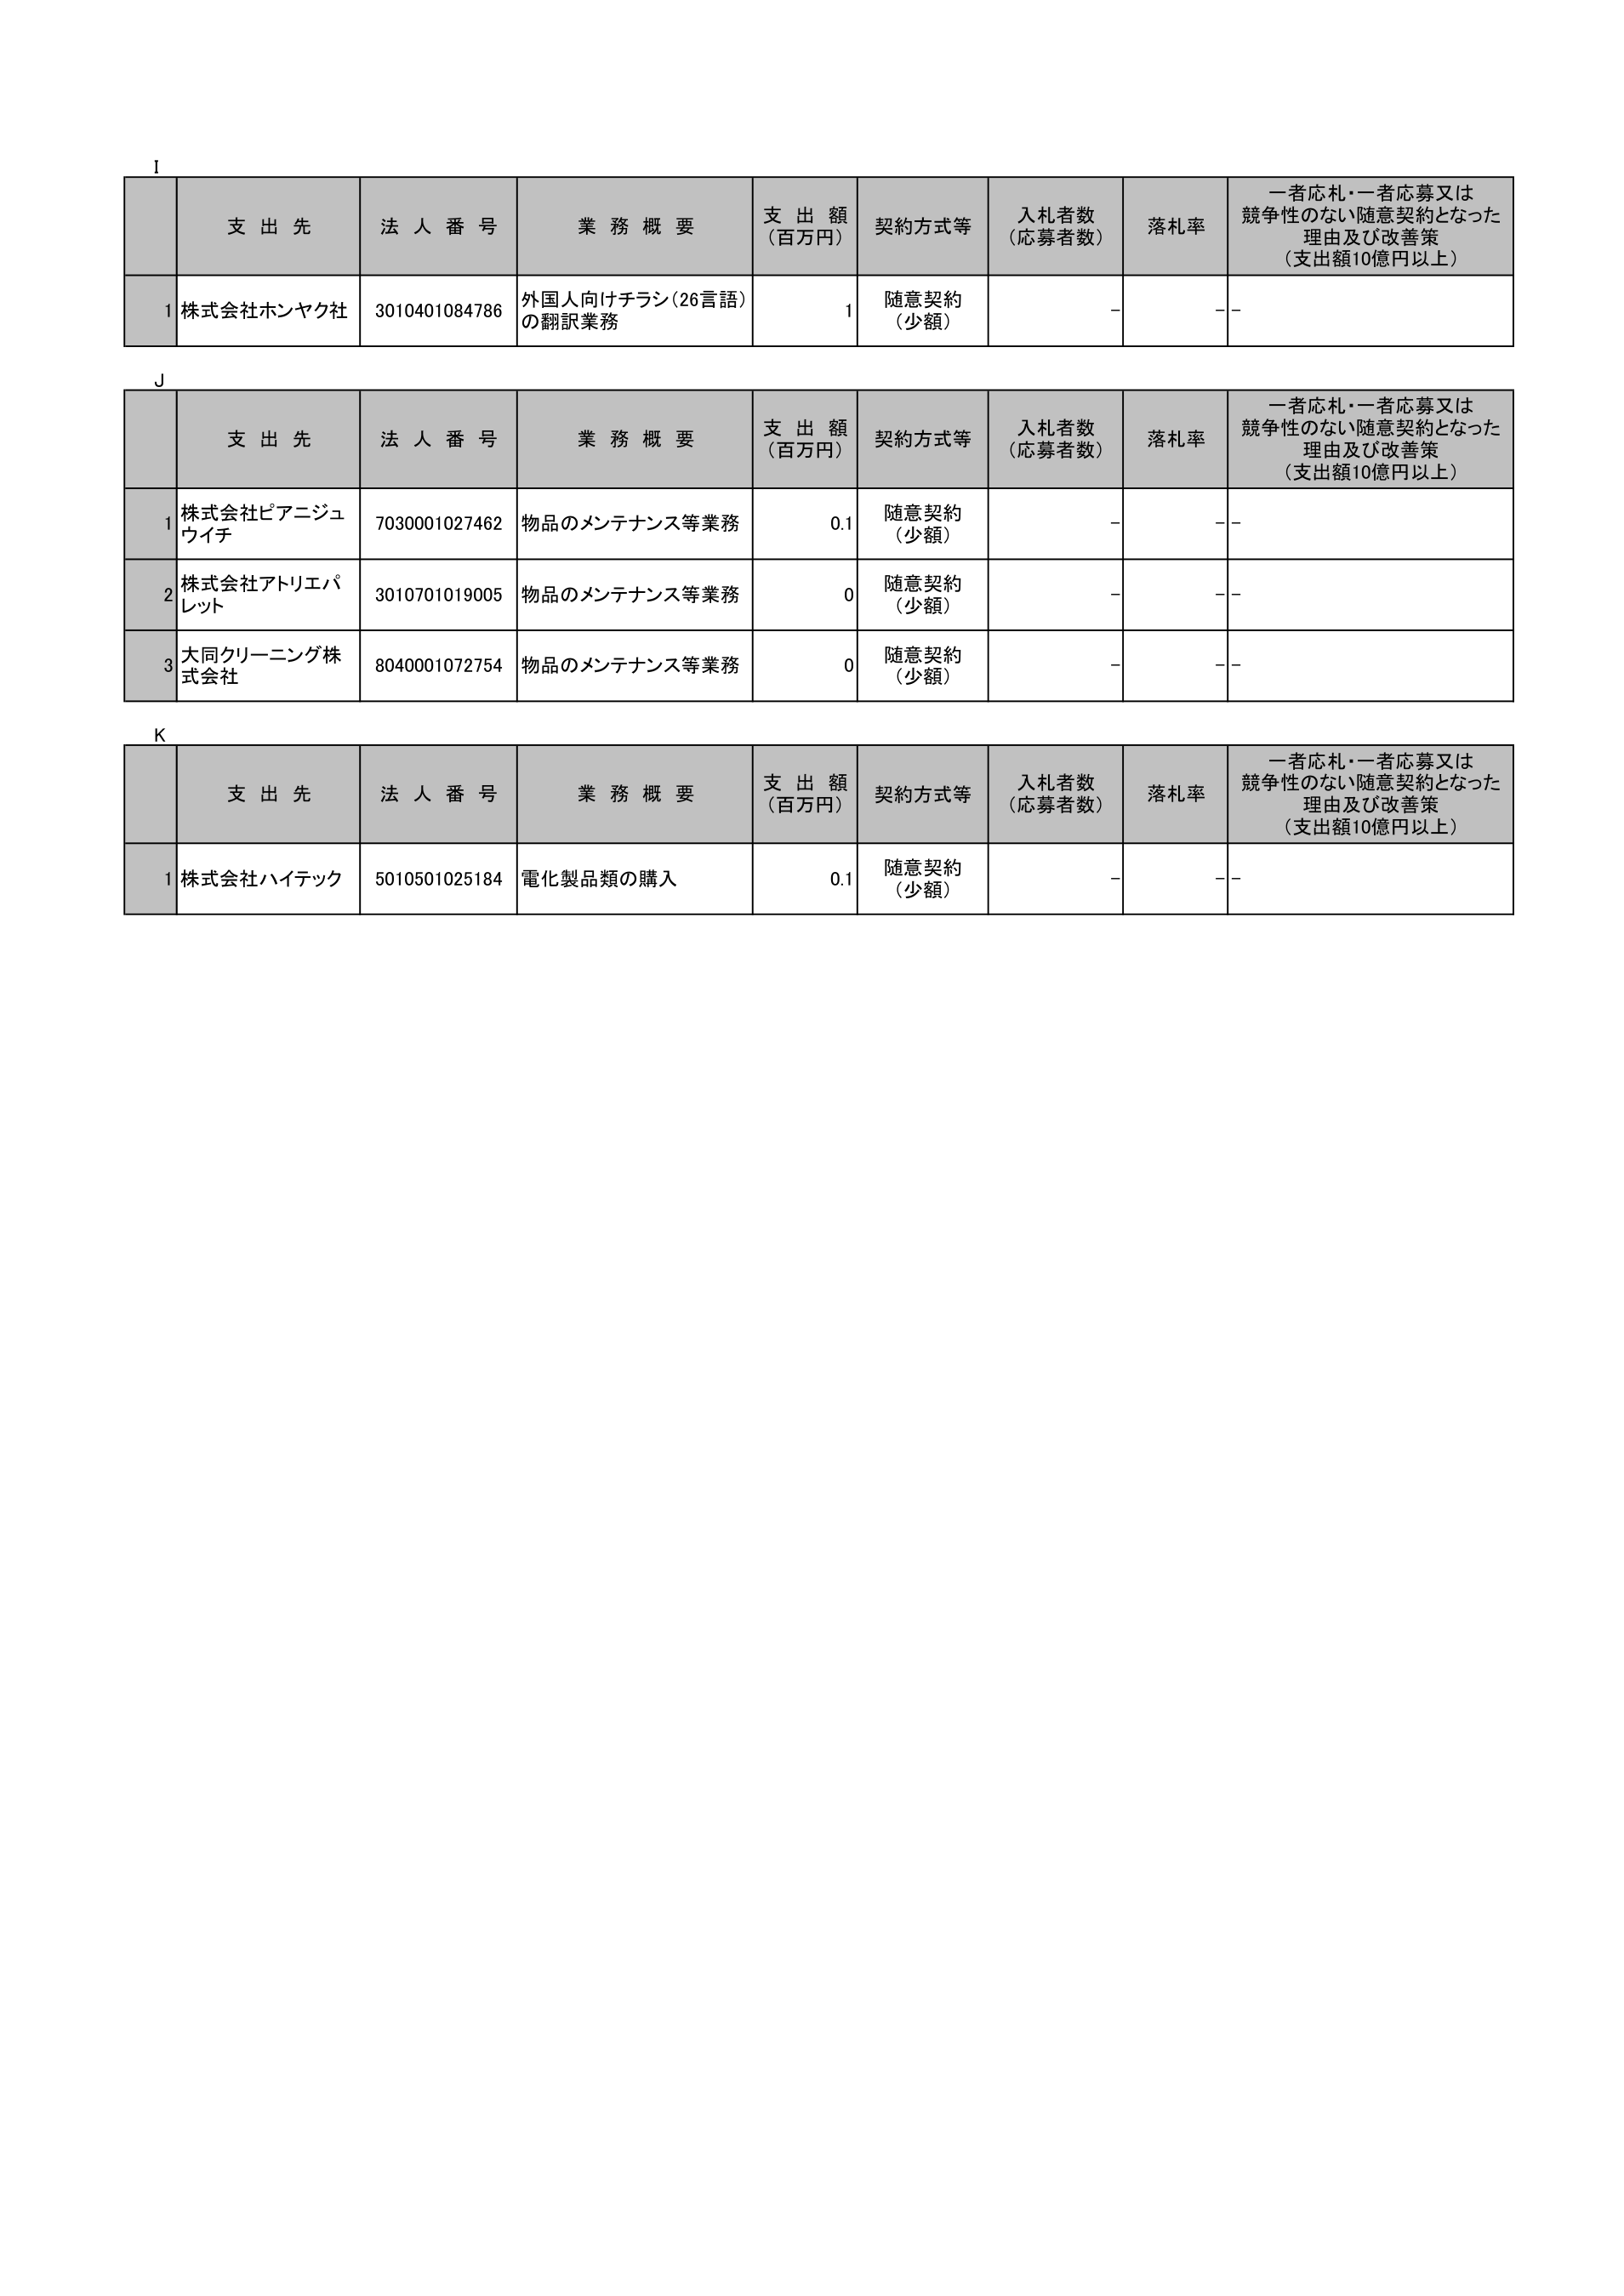
I
支 出 先 法 人 番 号 業 務 概 要 支 出 額 （百万円） 契約方式等 入札者数 （応募者数） 落札率 一者応札・一者応募又は 競争性のない随意契約となった 理由及び改善策 （支出額10億円以上）
1 株式会社ホンヤク社 3010401084786 外国人向けチラシ（26言語） の翻訳業務 1 随意契約 （少額） - - -
J
支 出 先 法 人 番 号 業 務 概 要 支 出 額 （百万円） 契約方式等 入札者数 （応募者数） 落札率 一者応札・一者応募又は 競争性のない随意契約となった 理由及び改善策 （支出額10億円以上）
1 株式会社ピアニジュ ウイチ 7030001027462 物品のメンテナンス等業務 0.1 随意契約 （少額） - - -
2 株式会社アトリエパ レット 3010701019005 物品のメンテナンス等業務 0 随意契約 （少額） - - -
3 大同クリーニング株 式会社 8040001072754 物品のメンテナンス等業務 0 随意契約 （少額） - - -
K
支 出 先 法 人 番 号 業 務 概 要 支 出 額 （百万円） 契約方式等 入札者数 （応募者数） 落札率 一者応札・一者応募又は 競争性のない随意契約となった 理由及び改善策 （支出額10億円以上）
1 株式会社ハイテック 5010501025184 電化製品類の購入 0.1 随意契約 （少額） - - -